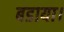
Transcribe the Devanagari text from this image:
बडाया।